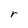
Character: r